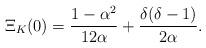
LaTeX: \begin{align*}\Xi_{K}(0)={1-\alpha^2\over 12 \alpha} + {\delta(\delta-1)\over 2 \alpha}.\end{align*}